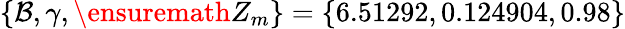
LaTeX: \{ \mathcal{B},\gamma,\ensuremath{Z_{m}}\} =\{ 6.51292,0.124904,0.98\}